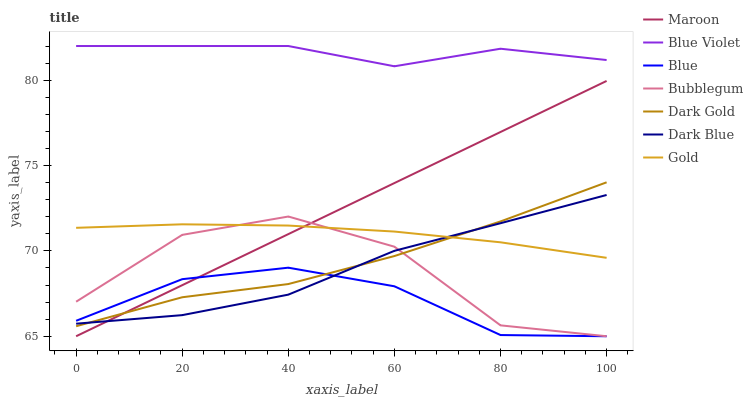
| xaxis_label | Maroon | Blue Violet | Blue | Bubblegum | Dark Gold | Dark Blue | Gold |
 | --- | --- | --- | --- | --- | --- | --- | --- |
 | 0 | 65 | 82 | 65.9 | 67 | 65.6 | 65.7 | 71.4 |
 | 20 | 68 | 82 | 68.3 | 70.9 | 67.3 | 66.2 | 71.6 |
 | 40 | 71 | 82 | 69 | 72 | 68.1 | 67.4 | 71.5 |
 | 60 | 74 | 80.8 | 67.9 | 70.2 | 69.7 | 70 | 71.1 |
 | 80 | 77 | 81.8 | 65.1 | 65.6 | 71.7 | 71.6 | 70.5 |
 | 100 | 80 | 81.2 | 65 | 65 | 74 | 73.3 | 69.6 |